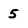
Character: 5